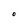
Character: O